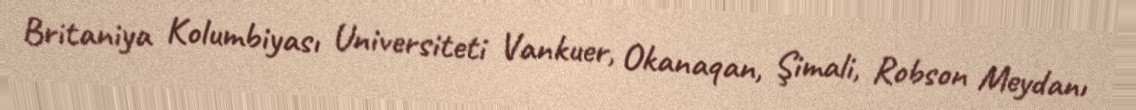
Britaniya Kolumbiyası Universiteti Vankuer, Okanaqan, Şimali, Robson Meydanı